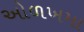
ઓળખમા